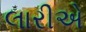
લારીએ